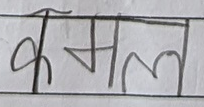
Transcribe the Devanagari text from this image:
कमल